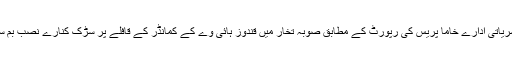
افغانستان کے نشریاتی ادارے خاما پریس کی رپورٹ کے مطابق صوبہ تخار میں قندوز ہائی وے کے کمانڈر کے قافلے پر سڑک کنارے نصب بم سے حملہ کیا گیا۔